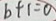
b + 1 = 0